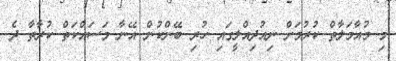
މި މުއާމަލާތް ކުރުމަށް ނިއުދިއްލީގައި ހުރި ބޭންކުން އޭނާ މަސައްކަތް ކުރާތާ ދެ